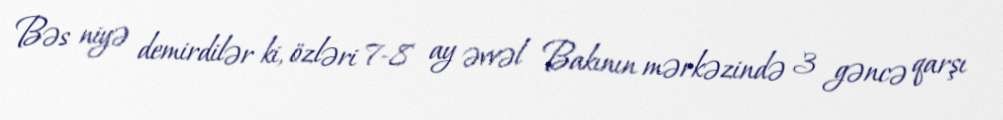
Bəs niyə demirdilər ki, özləri 7-8 ay əvvəl Bakının mərkəzində 3 gəncə qarşı